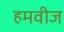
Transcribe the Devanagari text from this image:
हमवीज